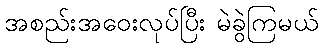
အစည်းအဝေးလုပ်ပြီး မဲခွဲကြမယ်